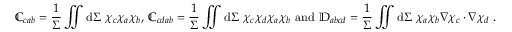
\mathbb { C } _ { c a b } = \frac { 1 } { \Sigma } \iint \mathrm { d } \Sigma ~ \chi _ { c } \chi _ { a } \chi _ { b } \mathrm { , ~ } \mathbb { C } _ { c d a b } = \frac { 1 } { \Sigma } \iint \mathrm { d } \Sigma ~ \chi _ { c } \chi _ { d } \chi _ { a } \chi _ { b } \mathrm { ~ a n d ~ } \mathbb { D } _ { a b c d } = \frac { 1 } { \Sigma } \iint \mathrm { d } \Sigma ~ \chi _ { a } \chi _ { b } \nabla \chi _ { c } \cdot \nabla \chi _ { d } ~ .